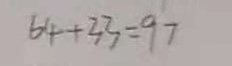
6 4 + 3 3 = 9 7